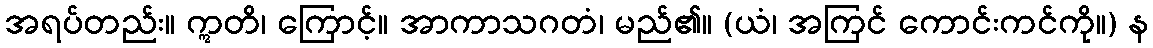
အရပ်တည်း။ ဣတိ၊ ကြောင့်။ အာကာသဂတံ၊ မည်၏။ (ယံ၊ အကြင် ကောင်းကင်ကို။) န